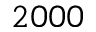
2 0 0 0